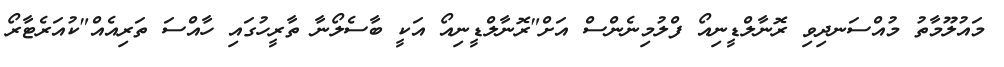
މައުލޫމާތު މުއްސަނދިވި ރޮނާލްޑީނިއޯ ފްލުމިނެންސް އަށް"ރޮނާލްޑީނިއޯ އަކީ ބާސެލޯނާ ތާރީހުގައި ހާއްސަ ތަރިއެއް"ކުއަރެޓާރޯ